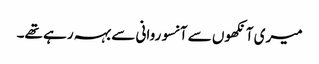
میری آنکھوں سے آنسو روانی سے بہہ رہے تھے۔